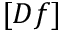
[ D f ]